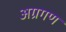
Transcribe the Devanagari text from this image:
अग्रगण